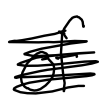
Text: of
Cross-out: scratch
Writing tool: digital_black